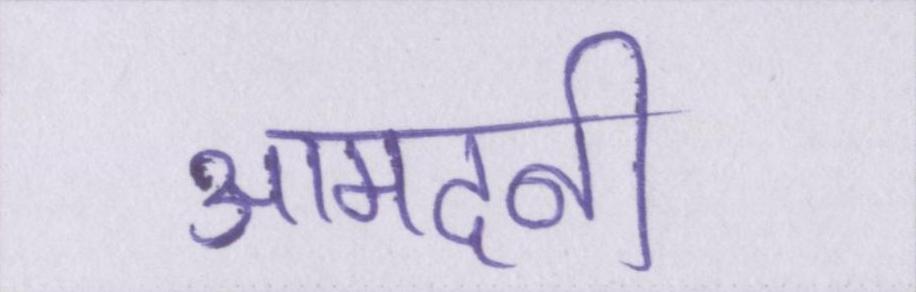
आमदनी